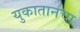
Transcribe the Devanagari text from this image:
युकातानचा